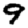
Digit: 9